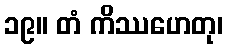
၁၉။ တံ ကိဿဟေတု၊